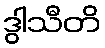
ဒွါသီတိ